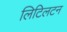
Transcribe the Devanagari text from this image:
लिटिलटन